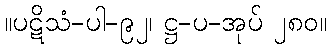
။ပဋိသံ-ပါ-၉၂၊ ဋ္ဌ-ပ-အုပ် ၂၈၀။